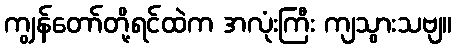
ကျွန်တော်တို့ရင်ထဲက အလုံးကြီး ကျသွားသဗျ။